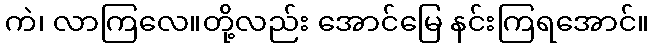
ကဲ၊ လာကြလေ။တို့လည်း အောင်မြေ နင်းကြရအောင်။